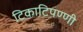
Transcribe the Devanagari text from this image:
टिकाटिपण्णी